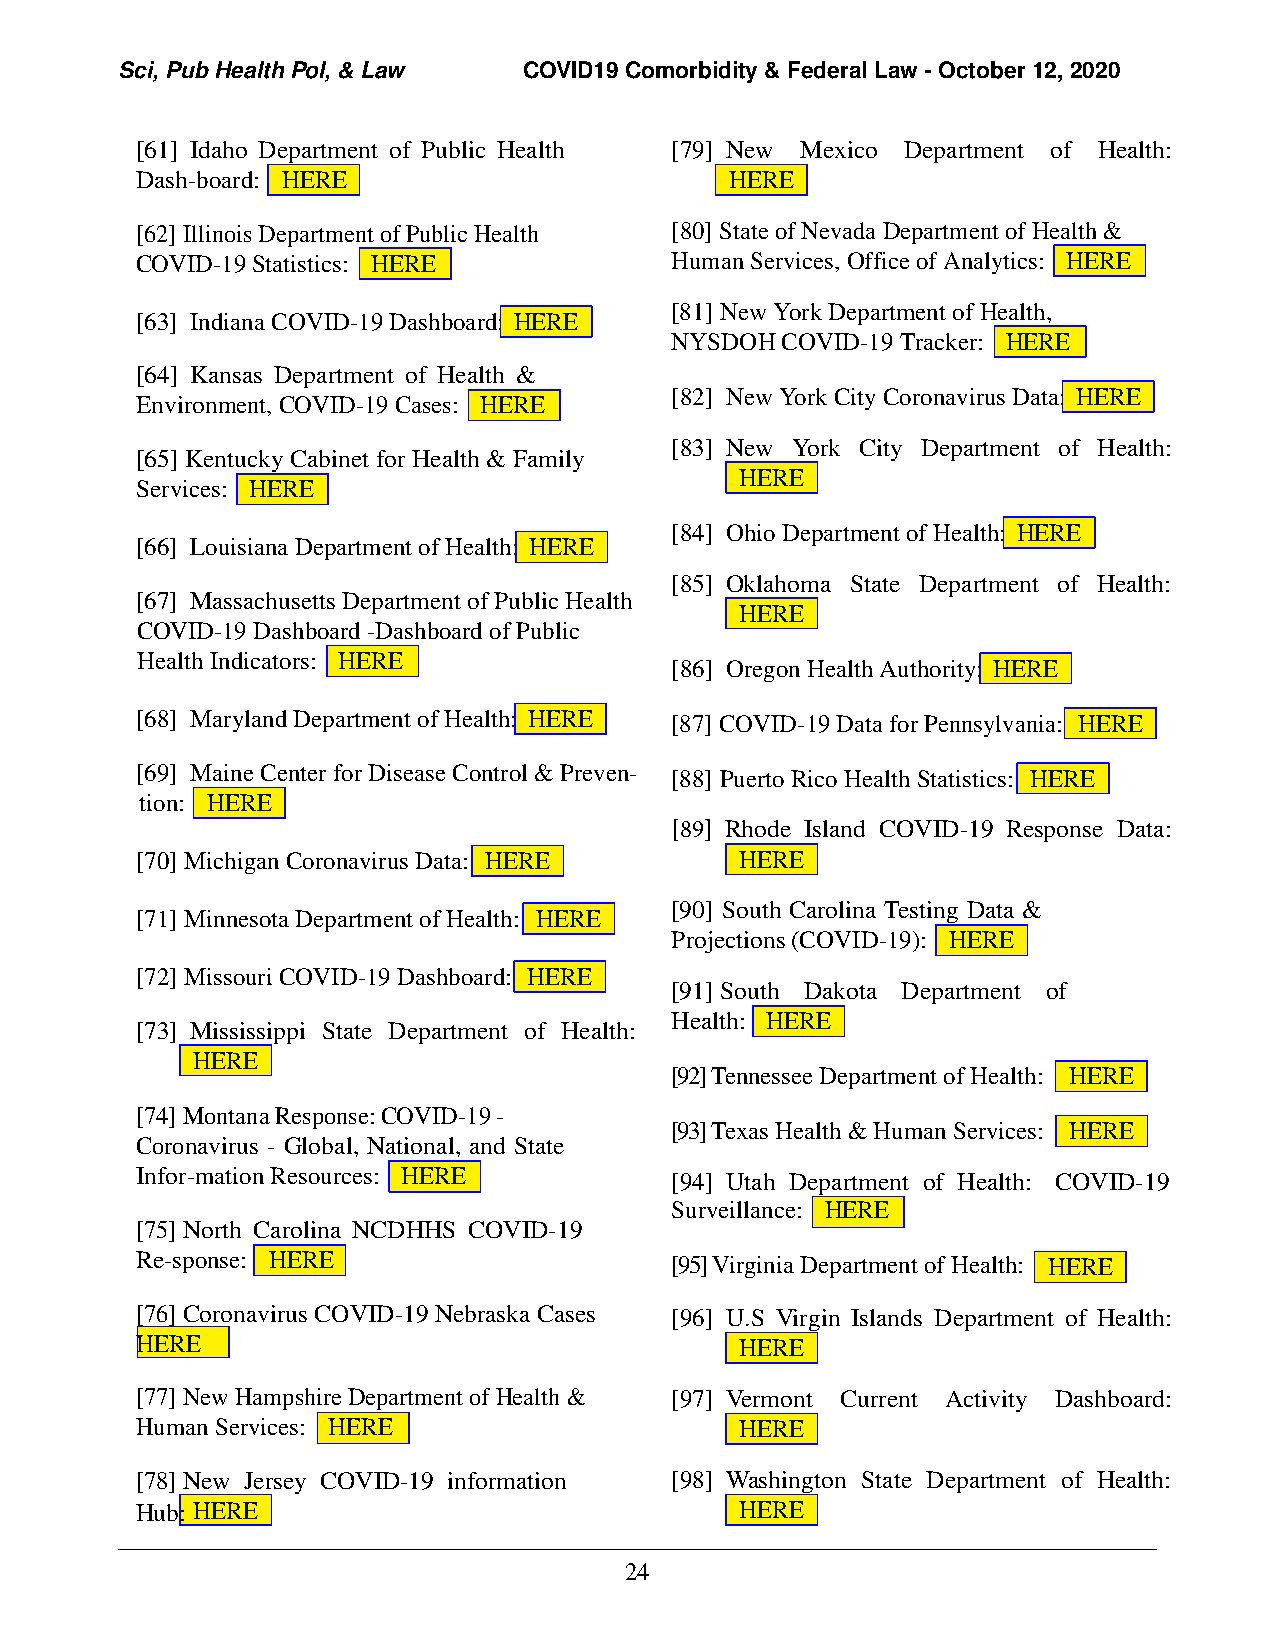
Sci, Pub Health Pol, & Law COVID19 Comorbidity & Federal Law - October 12, 2020
 [61] Idaho Department of Public Health [79] New Mexico Department of Health:
 Dash-board: HERE                       HERE
 [62] Illinois Department of Public Health [80] State of Nevada Department of Health &
 COVID-19 Statistics: HERE          Human Services, Office of Analytics: HERE
 [81] New York Department of Health,
 [63] Indiana COVID-19 Dashboard: HERE
 NYSDOH  COVID-19 Tracker: HERE
 [64] Kansas Department of Health &
 Environment, COVID-19 Cases: HERE
 [82] New York City Coronavirus Data: HERE
 [83] New York City Department of Health:
 [65] Kentucky Cabinet for Health & Family
 HERE
 Services: HERE
 [84] Ohio Department of Health: HERE
 [66] Louisiana Department of Health: HERE
 [85] Oklahoma State Department of Health:
 [67] Massachusetts Department of Public Health
 HERE
 COVID-19Dashboard-DashboardofPublic
 HealthIndicators: HERE
 [86] Oregon Health Authority: HERE
 [68] Maryland Department of Health: HERE [87] COVID-19 Data for Pennsylvania: HERE
 [69] Maine Center for Disease Control & Preven- [88] Puerto Rico Health Statistics: HERE
 tion: HERE
 [89] Rhode Island COVID-19 Response Data:
 [70] Michigan Coronavirus Data: HERE    HERE
 [71] Minnesota Department of Health: HERE
 [90] South Carolina Testing Data &
 Projections (COVID-19): HERE
 [72] Missouri COVID-19 Dashboard: HERE
 [91] South Dakota Department of
 Health: HERE
 [73] Mississippi State Department of Health:
 HERE
 [92] Tennessee Department of Health: HERE
 [74]Montana Response: COVID-19 -
 [93] Texas Health & Human Services: HERE
 Coronavirus - Global, National, and State
 Infor-mation Resources: HERE       [94] Utah Department of Health: COVID-19
 Surveillance: HERE
 [75]North Carolina NCDHHS COVID-19
 Re-sponse: HERE                    [95] Virginia Department of Health: HERE
 [76]Coronavirus COVID-19 Nebraska Cases [96] U.S Virgin Islands Department of Health:
 HERE                                    HERE
 [77]New Hampshire Department of Health & [97] Vermont Current Activity Dashboard:
 Human Services: HERE                    HERE
 [78]New Jersey COVID-19 information [98] Washington State Department of Health:
 Hub: HERE                               HERE
 24